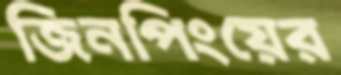
জিনপিংয়ের